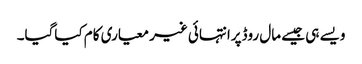
ویسے ہی جیسے مال روڈپرانتہائی غیر معیاری کام کیاگیا۔